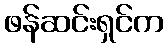
ဖန်ဆင်းရှင်က